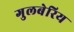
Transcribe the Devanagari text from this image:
गुलबेरिय